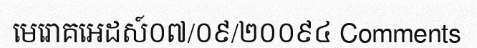
មេរោគអេដស៍០៧/០៩/២០០៩៤ Comments